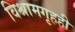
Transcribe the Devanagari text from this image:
विश्रामगृहही